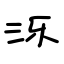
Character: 泺